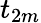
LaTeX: t_{2m}